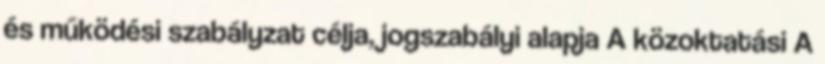
és működési szabályzat célja, jogszabályi alapja A közoktatási A